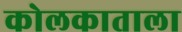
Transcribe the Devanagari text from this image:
कोलकाताला